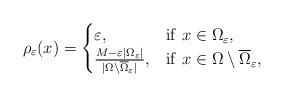
LaTeX: \begin{align*} \rho_{\varepsilon}(x)=\begin{cases}\varepsilon, & {\rm if}\ x\in\Omega_{\varepsilon},\\ \frac{M-\varepsilon |\Omega_{\varepsilon}|}{|\Omega\setminus\overline{\Omega}_{\varepsilon}|}, & {\rm if}\ x\in\Omega\setminus\overline{\Omega}_{\varepsilon},\\ \end{cases}\end{align*}